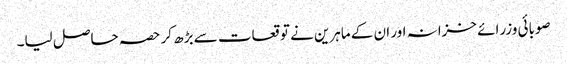
صوبائی وزرائے خزانہ اور ان کے ماہرین نے توقعات سے بڑھ کر حصہ حاصل لیا۔